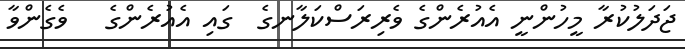
ޖަދަލުކުރާ މީހުންނީ އެއުރެންގެ ވެރިރަސްކަލާނގެ  ގައި އެއުރެންގެ   ވެގެންވާ